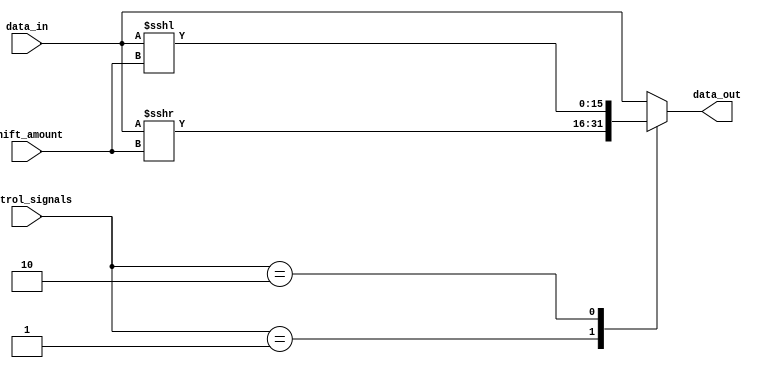
module sparse_barrel_shifter (
    input [15:0] data_in,
    input [2:0] shift_amount,
    input [3:0] control_signals,
    output [15:0] data_out
);

reg [15:0] temp_data;

always @(*) begin
    case (control_signals)
        4'b0001: temp_data = data_in >>> shift_amount; // shift right
        4'b0010: temp_data = data_in <<< shift_amount; // shift left
        // Add more cases for different arithmetic blocks if needed
        default: temp_data = data_in; // default do nothing
    endcase
    data_out = temp_data;
end

endmodule